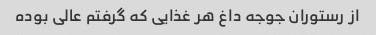
از رستوران جوجه داغ هر غذایی که گرفتم عالی بوده